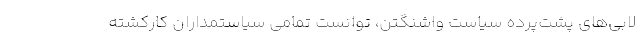
لابی‌های پشت‌پرده سیاست واشنگتن، توانست تمامی سیاستمداران کارکشته